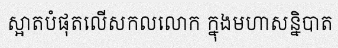
ស្អាតបំផុតលើសកលលោក ក្នុងមហាសន្និបាត